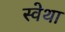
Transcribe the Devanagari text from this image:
स्वेथा